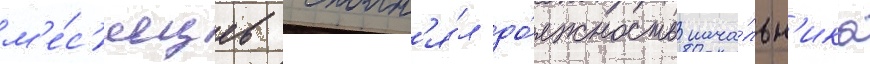
м'е́с'яцев исполн'я́л до́лжность нача́льн'ика